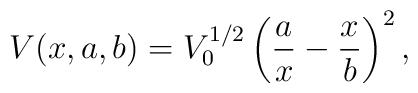
V(x,a,b)=V_{0}^{1/2}\left(\frac{a}{x}-\frac{x}{b}\right)^{2},